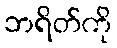
ဘရိတ်ကို